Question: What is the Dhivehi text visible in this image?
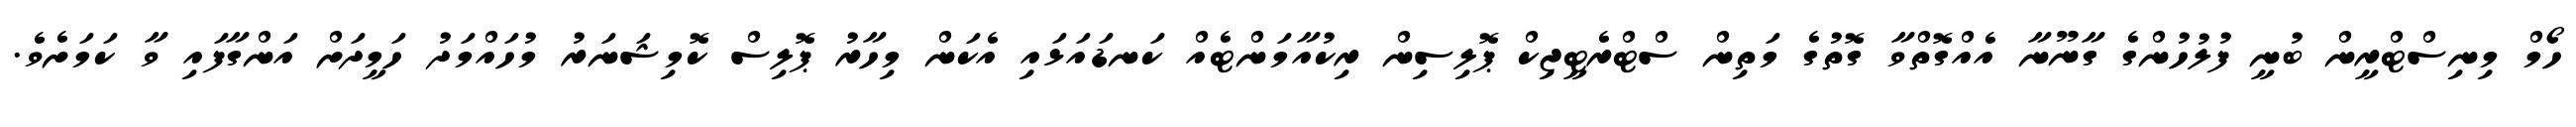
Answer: ހޯމް މިނިސްޓްރީން ބުނީ ފުލުހުންގެ ގާނޫނާ އެއްގޮތްވާ ގޮތުގެ މަތިން ސްޓްރެޓީޖިކް ޕޮލިސިން ރިކުއާމަންޓެއް ކަނޑައަޅައި އެކަން މިހާރު ޕޮލިސް ކޮމިޝަނަރު މުހައްމަދު ހަމީދަށް އަންގާފައި ވާ ކަމަށެވެ.